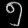
Digit: ၅